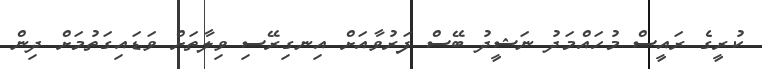
ކުރީގެ ރައީސް މުހައްމަދު ނަޝީދު ބޭސް ފަރުވާއަށް އިނގިރޭސި ވިލާތަށް ވަޑައިގަތުމަށް ދިން